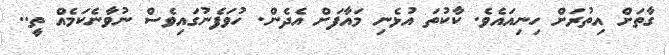
ގާތަށް އިތުރަށް ހިނިއައެވެ. ކާކުތަ އުޅެނި މައާފަށް އެދެން. ހުވަފެނުގައިވެސް ނުވާނެކަމެއް ތީ..